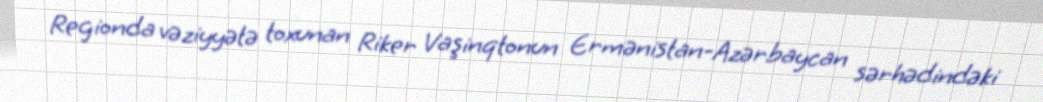
Regionda vəziyyətə toxunan Riker Vaşinqtonun Ermənistan-Azərbaycan sərhədindəki